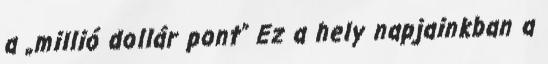
a „millió dollár pont” Ez a hely napjainkban a